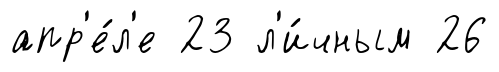
апр'е́л'е 23 л'и́чным 26